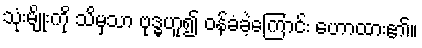
သုံးမျိုးကို သိမှသာ ဗုဒ္ဓဟူ၍ ဝန်ခံခဲ့ကြောင်း ဟောထား၏။